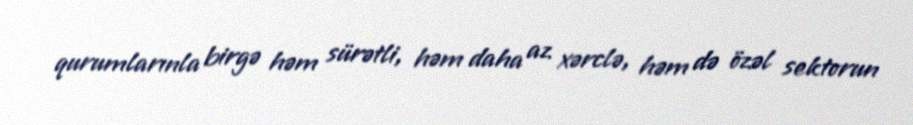
qurumlarınla birgə həm sürətli, həm daha az xərclə, həm də özəl sektorun